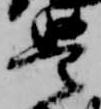
豊